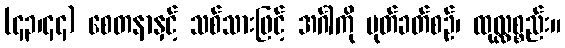
(၄၃၊၄၄) စေတနာနှင့် သစ်သားဖြင့် အင်္ဂါကို ပုတ်ခတ်စဉ်၊ ထုလ္လစ္စည်း။